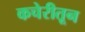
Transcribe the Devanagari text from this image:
कचेरीतून